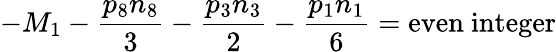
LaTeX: -M_{1}-{\frac{p_{8}n_{8}}{3}}-{\frac{p_{3}n_{3}}{2}}-{\frac{p_{1}n_{1}}{6}}=\mathrm{even}\ \mathrm{integer}